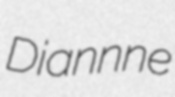
Diannne